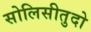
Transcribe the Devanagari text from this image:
सोलिसीतुदो